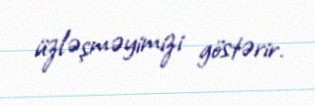
üzləşməyimizi göstərir.